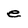
Character: e